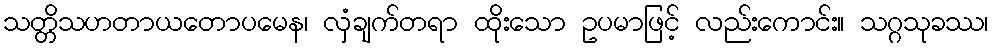
သတ္တိသဟတာယတောပမေန၊ လှံချက်တရာ ထိုးသော ဥပမာဖြင့် လည်းကောင်း။ သဂ္ဂသုခဿ၊